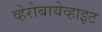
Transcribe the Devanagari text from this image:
व्हेरोबायेव्हाइट